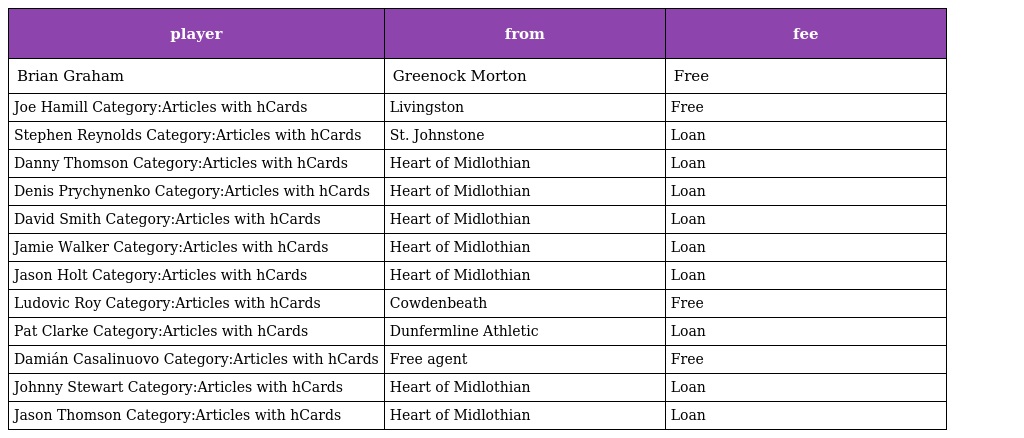
| player | from | fee |
 | --- | --- | --- |
 | Brian Graham | Greenock Morton | Free |
 | Joe Hamill Category:Articles with hCards | Livingston | Free |
 | Stephen Reynolds Category:Articles with hCards | St. Johnstone | Loan |
 | Danny Thomson Category:Articles with hCards | Heart of Midlothian | Loan |
 | Denis Prychynenko Category:Articles with hCards | Heart of Midlothian | Loan |
 | David Smith Category:Articles with hCards | Heart of Midlothian | Loan |
 | Jamie Walker Category:Articles with hCards | Heart of Midlothian | Loan |
 | Jason Holt Category:Articles with hCards | Heart of Midlothian | Loan |
 | Ludovic Roy Category:Articles with hCards | Cowdenbeath | Free |
 | Pat Clarke Category:Articles with hCards | Dunfermline Athletic | Loan |
 | Damián Casalinuovo Category:Articles with hCards | Free agent | Free |
 | Johnny Stewart Category:Articles with hCards | Heart of Midlothian | Loan |
 | Jason Thomson Category:Articles with hCards | Heart of Midlothian | Loan |